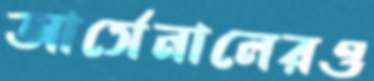
আর্সেনালেরও